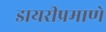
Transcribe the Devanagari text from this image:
डायरीप्रमाणे